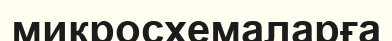
микросхемаларға